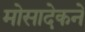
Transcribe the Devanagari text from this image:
मोसादेकने